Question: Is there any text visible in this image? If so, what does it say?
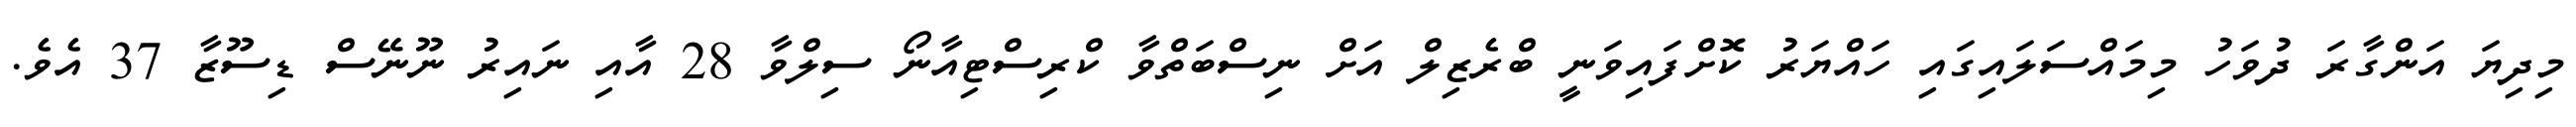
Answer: މިދިޔަ އަންގާރަ ދުވަހު މިމައްސަލައިގައި ހައްޔަރު ކޮށްފައިވަނީ ބްރެޒިލް އަށް ނިސްބަތްވާ ކްރިސްޓިއާނޯ ސިލްވާ 28 އާއި ނައިރު ނޫނޭސް ޑިސޫޒާ 37 އެވެ.